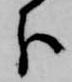
分